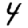
Digit: 4